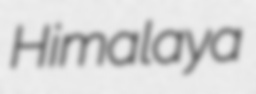
Himalaya